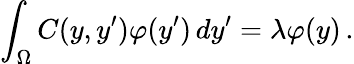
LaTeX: \int_{\Omega}C(y,y^{\prime})\varphi(y^{\prime})\, dy^{\prime}=\lambda\varphi(y)\, .